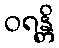
ဝရန္တိ